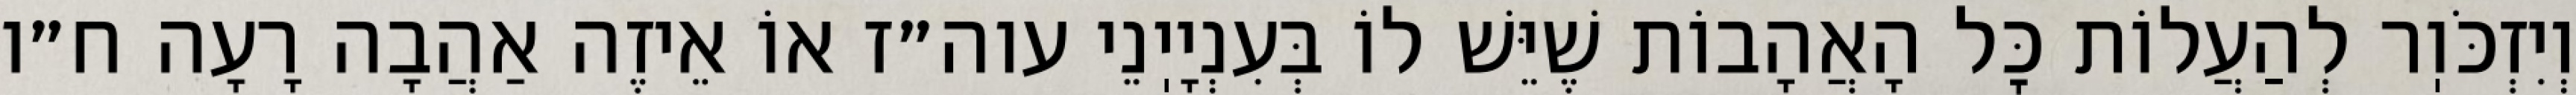
וְיִזְכֹּוֽר לְהַעֲלוֹת כׇּל הָאֲהָבוֹת שֶׁיֵּשׁ לוֹ בְּעִנְיָיֽנֵי עוה״ז אוֹ אֵיזֶה אַהֲבָה רָעָה ח״ו